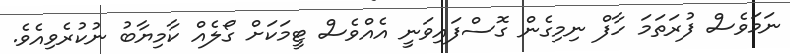
ނަމަވެސް ފުރަތަމަ ހާފް ނިމިގެން ގޮސްފައިވަނީ އެއްވެސް ޓީމަކަށް ގޯލެއް ކާމިޔާބު ނުކުރެވިއެވެ.